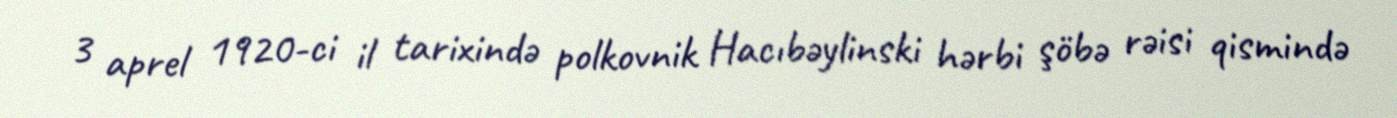
3 aprel 1920-ci il tarixində polkovnik Hacıbəylinski hərbi şöbə rəisi qismində